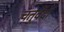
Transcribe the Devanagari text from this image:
चतुर्वेदों